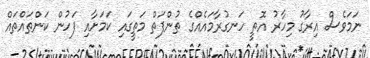
ނަމަވެސް އިރާގު މިހާރު އޮތީ ހަނގުރާމައެއްގެ ތުންފަތް މަތީގައި ކަމަށާއި ފަހުން ކަންތައްތައް